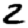
Digit: 2